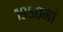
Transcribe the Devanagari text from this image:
१९५०मां